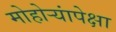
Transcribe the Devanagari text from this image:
मोहोऱ्यांपेक्षा